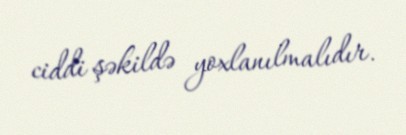
ciddi şəkildə yoxlanılmalıdır.